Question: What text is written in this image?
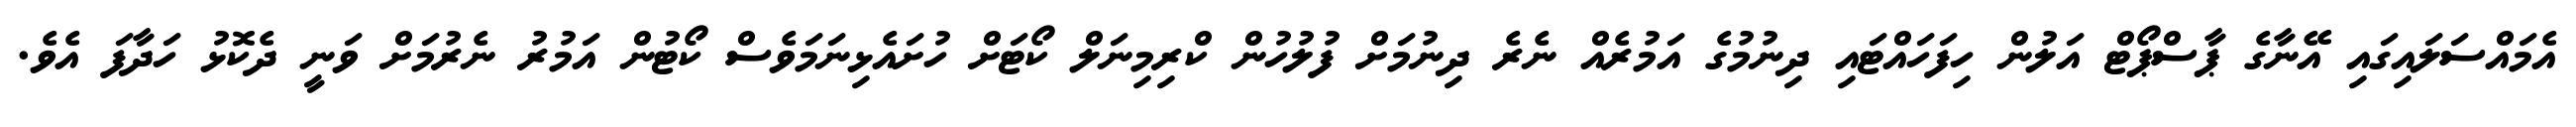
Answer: އެމައްސަލައިގައި އޭނާގެ ޕާސްޕޯޓް އަލުން ހިފަހައްޓައި ދިނުމުގެ އަމުރެއް ނެރެ ދިނުމަށް ފުލުހުން ކްރިމިނަލް ކޯޓަށް ހުށައެޅިނަމަވެސް ކޯޓުން އަމުރު ނެރުމަށް ވަނީ ދެކޮޅު ހަދާފަ އެވެ.